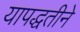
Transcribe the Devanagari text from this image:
यापद्धतीने